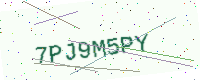
Text: 7PJ9M5PY